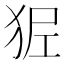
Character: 𤝺